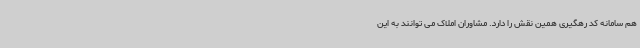
هم سامانه کد رهگیری همین نقش را دارد. مشاوران املاک می توانند به این